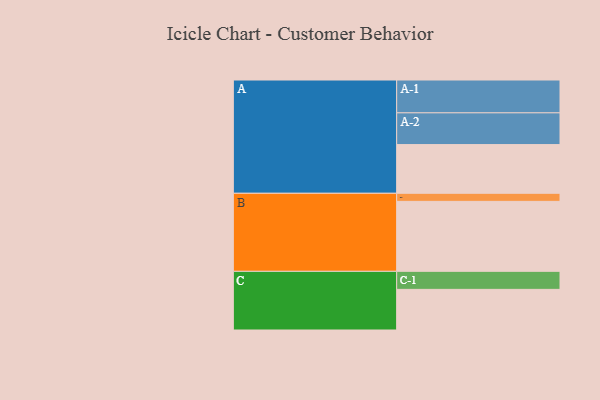
{"axis": {"x": "Segment", "y": "Value"}, "legend": ["", "A", "B", "C"], "data": [{"x": "A", "y": 362, "type": ""}, {"x": "B", "y": 520, "type": ""}, {"x": "C", "y": 302, "type": ""}, {"x": "A-1", "y": 244, "type": "A"}, {"x": "A-2", "y": 236, "type": "A"}, {"x": "B-1", "y": 60, "type": "B"}, {"x": "C-1", "y": 134, "type": "C"}]}